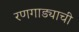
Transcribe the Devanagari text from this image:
रणगाड्याची